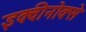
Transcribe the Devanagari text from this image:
इक्वीनोक्से